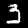
Label: 3